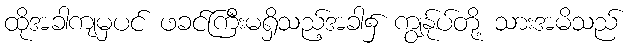
ထိုအခါကျမှပင် ဖခင်ကြီးမရှိသည့်အခါ၌ ကျွန်ုပ်တို့ သားအမိသည်